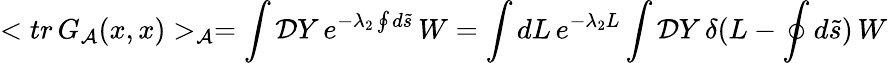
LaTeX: <tr\, G_{\cal A}(x,x)>_{\cal A}=\int{\mathcal{D}Y}\, e^{-{\lambda_{2}}\oint{d}\tilde{s}}\, W=\int dL\, e^{-\lambda_{2}L}\int{\mathcal{D}Y}\, \delta(L-\oint{d}\tilde{s})\, W